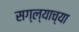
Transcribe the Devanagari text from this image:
सग्ल्याच्या